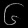
Digit: ၆